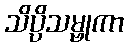
သိပ္ပိသမ္ဗုကာ